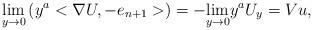
LaTeX: \begin{align*}\underset{y\to 0}{\lim}\left( y^a< \nabla U, -e_{n+1}>\right)= - \underset{y\to 0}{\lim} y^a U_y = Vu,\end{align*}